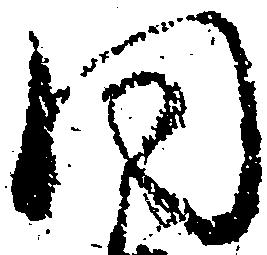
同